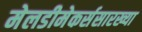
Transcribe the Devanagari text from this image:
मेलडीमेकर्ससारख्या